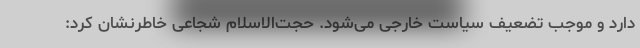
دارد و موجب تضعیف سیاست خارجی می‌شود. حجت‌الاسلام شجاعی خاطرنشان کرد: